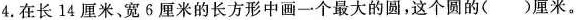
4. 在长14厘米宽6厘米的长方形中画一个最大的圆，这个圆的()厘米。